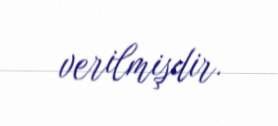
verilmişdir.